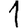
Digit: 1